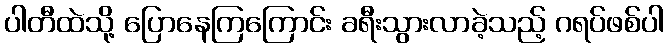
ပါတီထဲသို့ ပြောနေကြကြောင်း ခရီးသွားလာခဲ့သည့် ဂရပ်ဖစ်ပါ